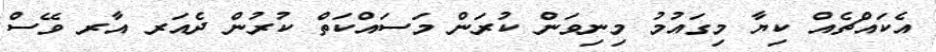
އެކައްޗެއް ކިޔާ މިގައުމު މިނިވަން ކުރަން މަސައްކަތް ކުރުން ދެއަރ އާރ ވޭސް